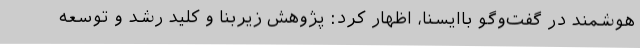
هوشمند در گفت‌وگو باایسنا، اظهار کرد: پژوهش زیربنا و کلید رشد و توسعه